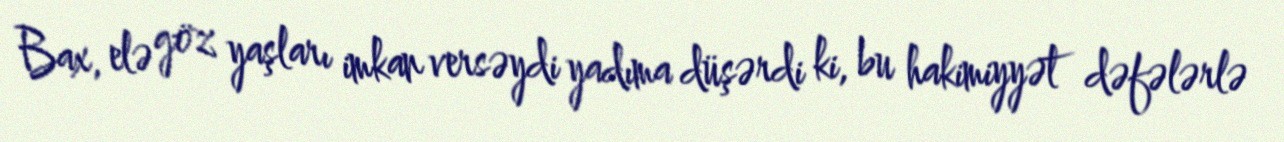
Bax, elə göz yaşları imkan versəydi yadıma düşərdi ki, bu hakimiyyət dəfələrlə